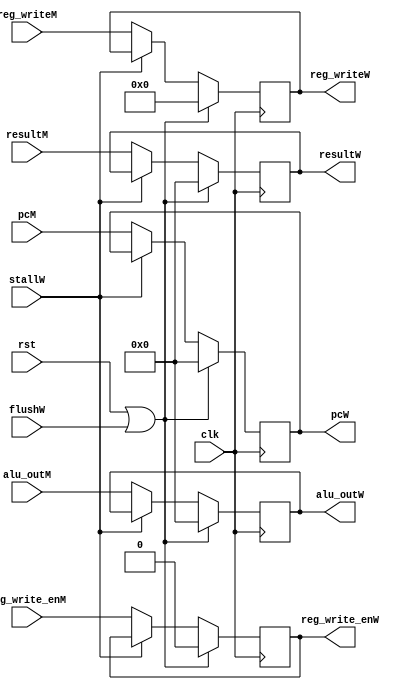
module mem_wb (
    input wire clk, rst,
    input wire stallW,
    input wire flushW,
    input wire [31:0] pcM,
    input wire [31:0] alu_outM,
    input wire [4:0] reg_writeM,
    input wire reg_write_enM,
    input wire [31:0] resultM,


    output reg [31:0] pcW,
    output reg [31:0] alu_outW,
    output reg [4:0] reg_writeW,
    output reg reg_write_enW,
    output reg [31:0] resultW
);
    always @(posedge clk) begin
        if(rst | flushW) begin
            pcW <= 0;
            alu_outW <= 0;
            reg_writeW <= 0;
            reg_write_enW <= 0;
            resultW <= 0;
        end
        else if(~stallW) begin
            pcW <= pcM;
            alu_outW <= alu_outM;
            reg_writeW <= reg_writeM;
            reg_write_enW <= reg_write_enM;
            resultW <= resultM;
        end
    end
endmodule